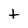
Character: t